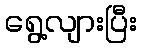
ရွေ့လျားပြီး